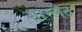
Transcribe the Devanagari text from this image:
शारलैट